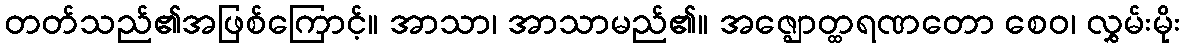
တတ်သည်၏အဖြစ်ကြောင့်။ အာသာ၊ အာသာမည်၏။ အဇ္ဈောတ္ထရဏတော စေဝ၊ လွှမ်းမိုး